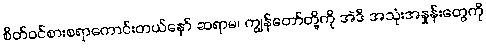
စိတ်ဝင်စားစရာကောင်းတယ်နော် ဆရာမ၊ ကျွန်တော်တို့ကို အဲဒီ အသုံးအနှုန်းတွေကို